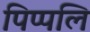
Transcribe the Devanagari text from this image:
पिप्पलि